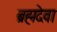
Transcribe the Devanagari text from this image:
ब्रह्मदेवा